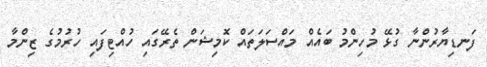
ފަނޑިޔާރުންނާ ގުޅޭ މުހިންމު ބައެއް މައްސަލަތައް ކޮމިޝަން ތެރޭގައި ހުއްޓިފައި ހުރުމުގެ ޒިންމާ